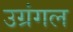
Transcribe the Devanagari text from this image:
उग्रंंगल